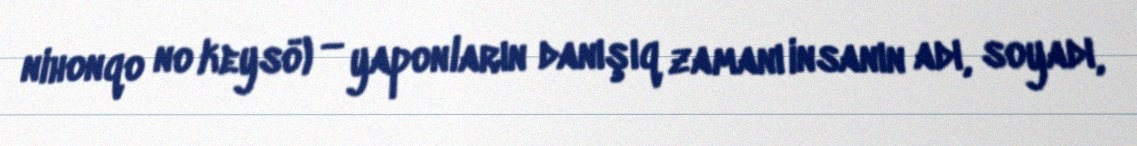
日本語の敬称 nihonqo no keysö) — yaponların danışıq zamanı insanın adı, soyadı,